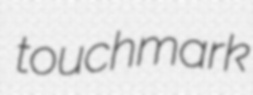
touchmark